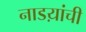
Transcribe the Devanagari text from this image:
नाडय़ांची